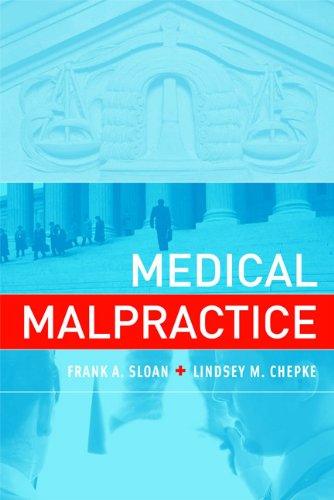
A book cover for Medical Malpractice; Frank A. Sloan; Law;